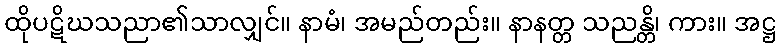
ထိုပဋိဃသညာ၏သာလျှင်။ နာမံ၊ အမည်တည်း။ နာနတ္တ သညန္တိ၊ ကား။ အဋ္ဌ